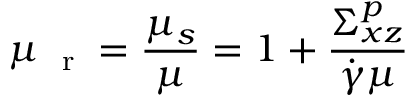
\mu _ { \mathrm { ~ \scriptsize ~ r ~ } } = \frac { \mu _ { s } } { \mu } = 1 + \frac { \Sigma _ { x z } ^ { p } } { \dot { \gamma } \mu }